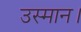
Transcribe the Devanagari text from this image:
उस्मान।